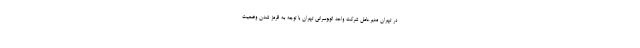
در تهران مدیرعامل شرکت واحد اتوبوسرانی تهران با توجه به قرمز شدن وضعیت